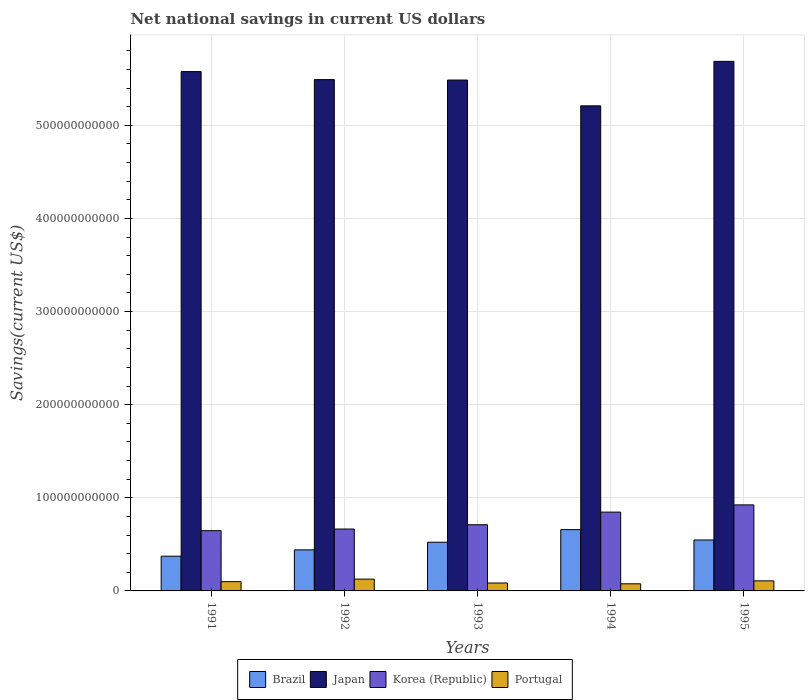
| Years | Brazil | Japan | Korea (Republic) | Portugal |
 | --- | --- | --- | --- | --- |
 | 1991 | 3.73e+10 | 5.58e+11 | 6.47e+10 | 9.96e+09 |
 | 1992 | 4.41e+10 | 5.49e+11 | 6.65e+10 | 1.27e+10 |
 | 1993 | 5.23e+10 | 5.49e+11 | 7.11e+10 | 8.51e+09 |
 | 1994 | 6.58e+10 | 5.21e+11 | 8.46e+10 | 7.64e+09 |
 | 1995 | 5.47e+10 | 5.69e+11 | 9.24e+10 | 1.08e+10 |